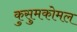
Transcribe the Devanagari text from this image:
कुसुमकोमल